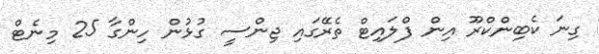
ގިނަ ކެބިންކްރޫ އިން ފްލައިޓް ތެރޭގައި ޖިންސީ ގުޅުން ހިންގާ 25 މިނެޓް